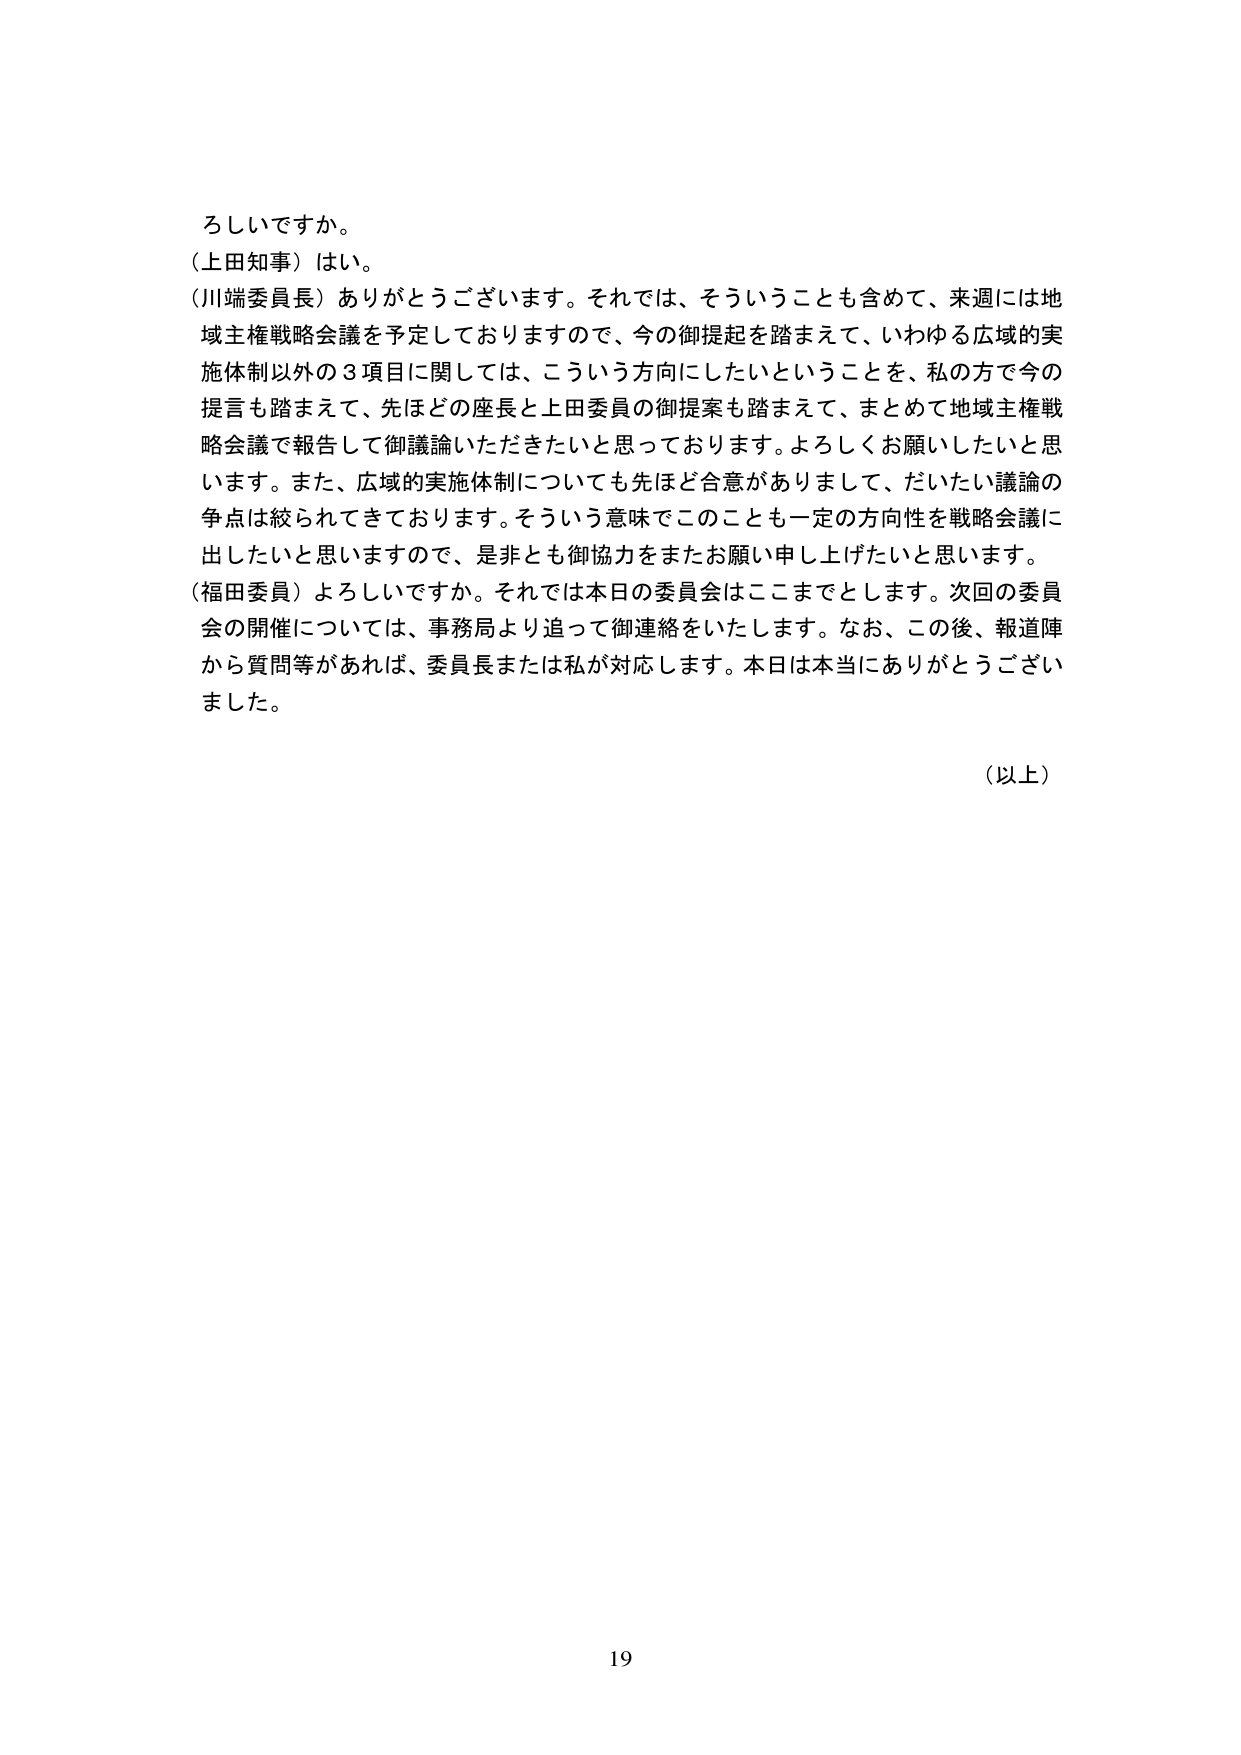
ろしいですか。
（上田知事）はい。
（川端委員長）ありがとうございます。それでは、そういうことも含めて、来週には地域主権戦略会議を予定しておりますので、今の御提起を踏まえて、いわゆる広域的実施体制以外の３項目に関しては、こういう方向にしたいということを、私の方で今の提言も踏まえて、先ほどの座長と上田委員の御提案も踏まえて、まとめて地域主権戦略会議で報告して御議論いただきたいと思っております。よろしくお願いしたいと思います。また、広域的実施体制についても先ほど合意がありまして、だいたい議論の争点は絞られてきております。そういう意味でこのことも一定の方向性を戦略会議に出したいと思いますので、是非とも御協力をまたお願い申し上げたいと思います。
（福田委員）よろしいですか。それでは本日の委員会はここまでとします。次回の委員会の開催については、事務局より追って御連絡をいたします。なお、この後、報道陣から質問等があれば、委員長または私が対応します。本日は本当にありがとうございました。

（以上）

19